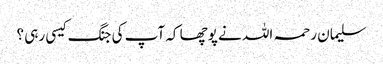
سلیمان رحمہ اللہ نے پوچھا کہ آپ کی جنگ کیسی رہی ؟